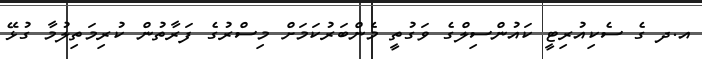
އ.ދ ގެ ސެކިއުރިޓީ ކައުންސިލްގެ ވަގުތީ މެންބަރުކަމަށް މިސްރުގެ ފަރާތުން ކުރިމަތިލުމާ ގުޅޭ